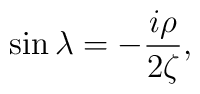
\sin\lambda=-\frac{i\rho}{2\zeta},